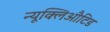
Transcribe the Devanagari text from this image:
न्यूक्लिऔटिड